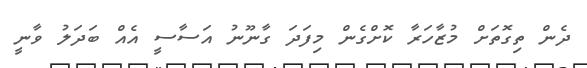
ދެން ތިގޮތަށް މުޒާހަރާ ކޮށްގެން މިފަދަ ގާނޫނު އަސާސީ އެެއް ބަދަލު ވާނީ